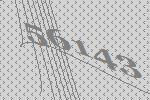
56143